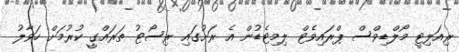
ރިއަލިޓީ މޯލްޑިވްސް ޕްރައިވެޓް ލިމިޓެޑުން އެ ރަށުގައި ރިސޯޓު ތަރައްގީ ކުރުމަށް ހަވާލު